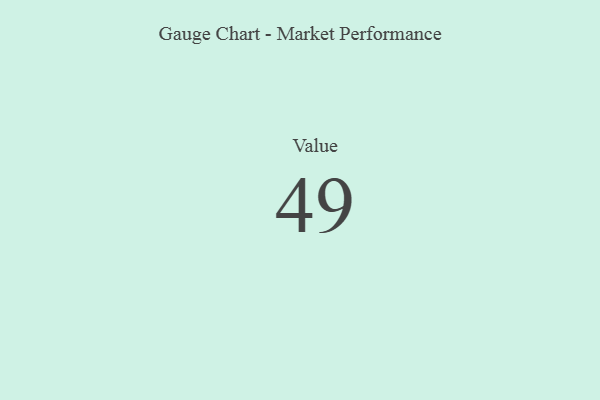
{"axis": {"x": "Metric", "y": "Value"}, "legend": [""], "data": [{"x": "Value", "y": 49, "type": ""}]}